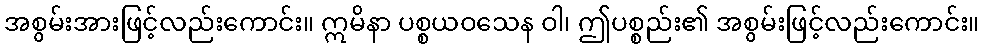
အစွမ်းအားဖြင့်လည်းကောင်း။ ဣမိနာ ပစ္စယဝသေန ဝါ၊ ဤပစ္စည်း၏ အစွမ်းဖြင့်လည်းကောင်း။